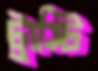
ট্রাস্টি